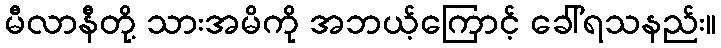
မီလာနီတို့ သားအမိကို အဘယ့်ကြောင့် ခေါ်ရသနည်း။